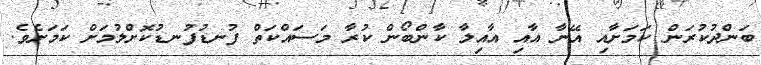
ބަންދުކުރަން ކަމަށާއި އޭނާ އާއި އާއިލާ ކާންބޯން ކުރާ މަސައްކަތް ފުނޑުފުނޑުކޮށްލުމަށް ކަމަށެވެ.